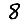
Digit: 8